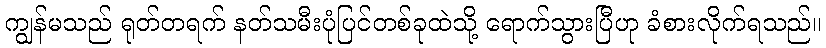
ကျွန်မသည် ရုတ်တရက် နတ်သမီးပုံပြင်တစ်ခုထဲသို့ ရောက်သွားပြီဟု ခံစားလိုက်ရသည်။